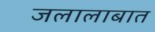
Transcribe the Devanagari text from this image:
जलालाबात